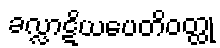
ခလ္လာဋိယပေတိဝတ္ထု